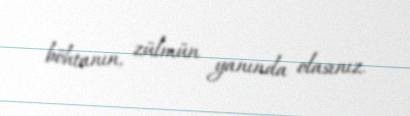
böhtanın, zülmün yanında olasınız.